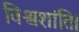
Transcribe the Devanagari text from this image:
विश्वशांति।